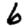
Digit: 6